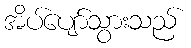
အိပ်ပျော်သွားသည်